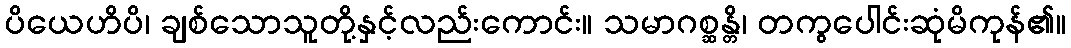
ပိယေဟိပိ၊ ချစ်သောသူတို့နှင့်လည်းကောင်း။ သမာဂစ္ဆန္တိ၊ တကွပေါင်းဆုံမိကုန်၏။